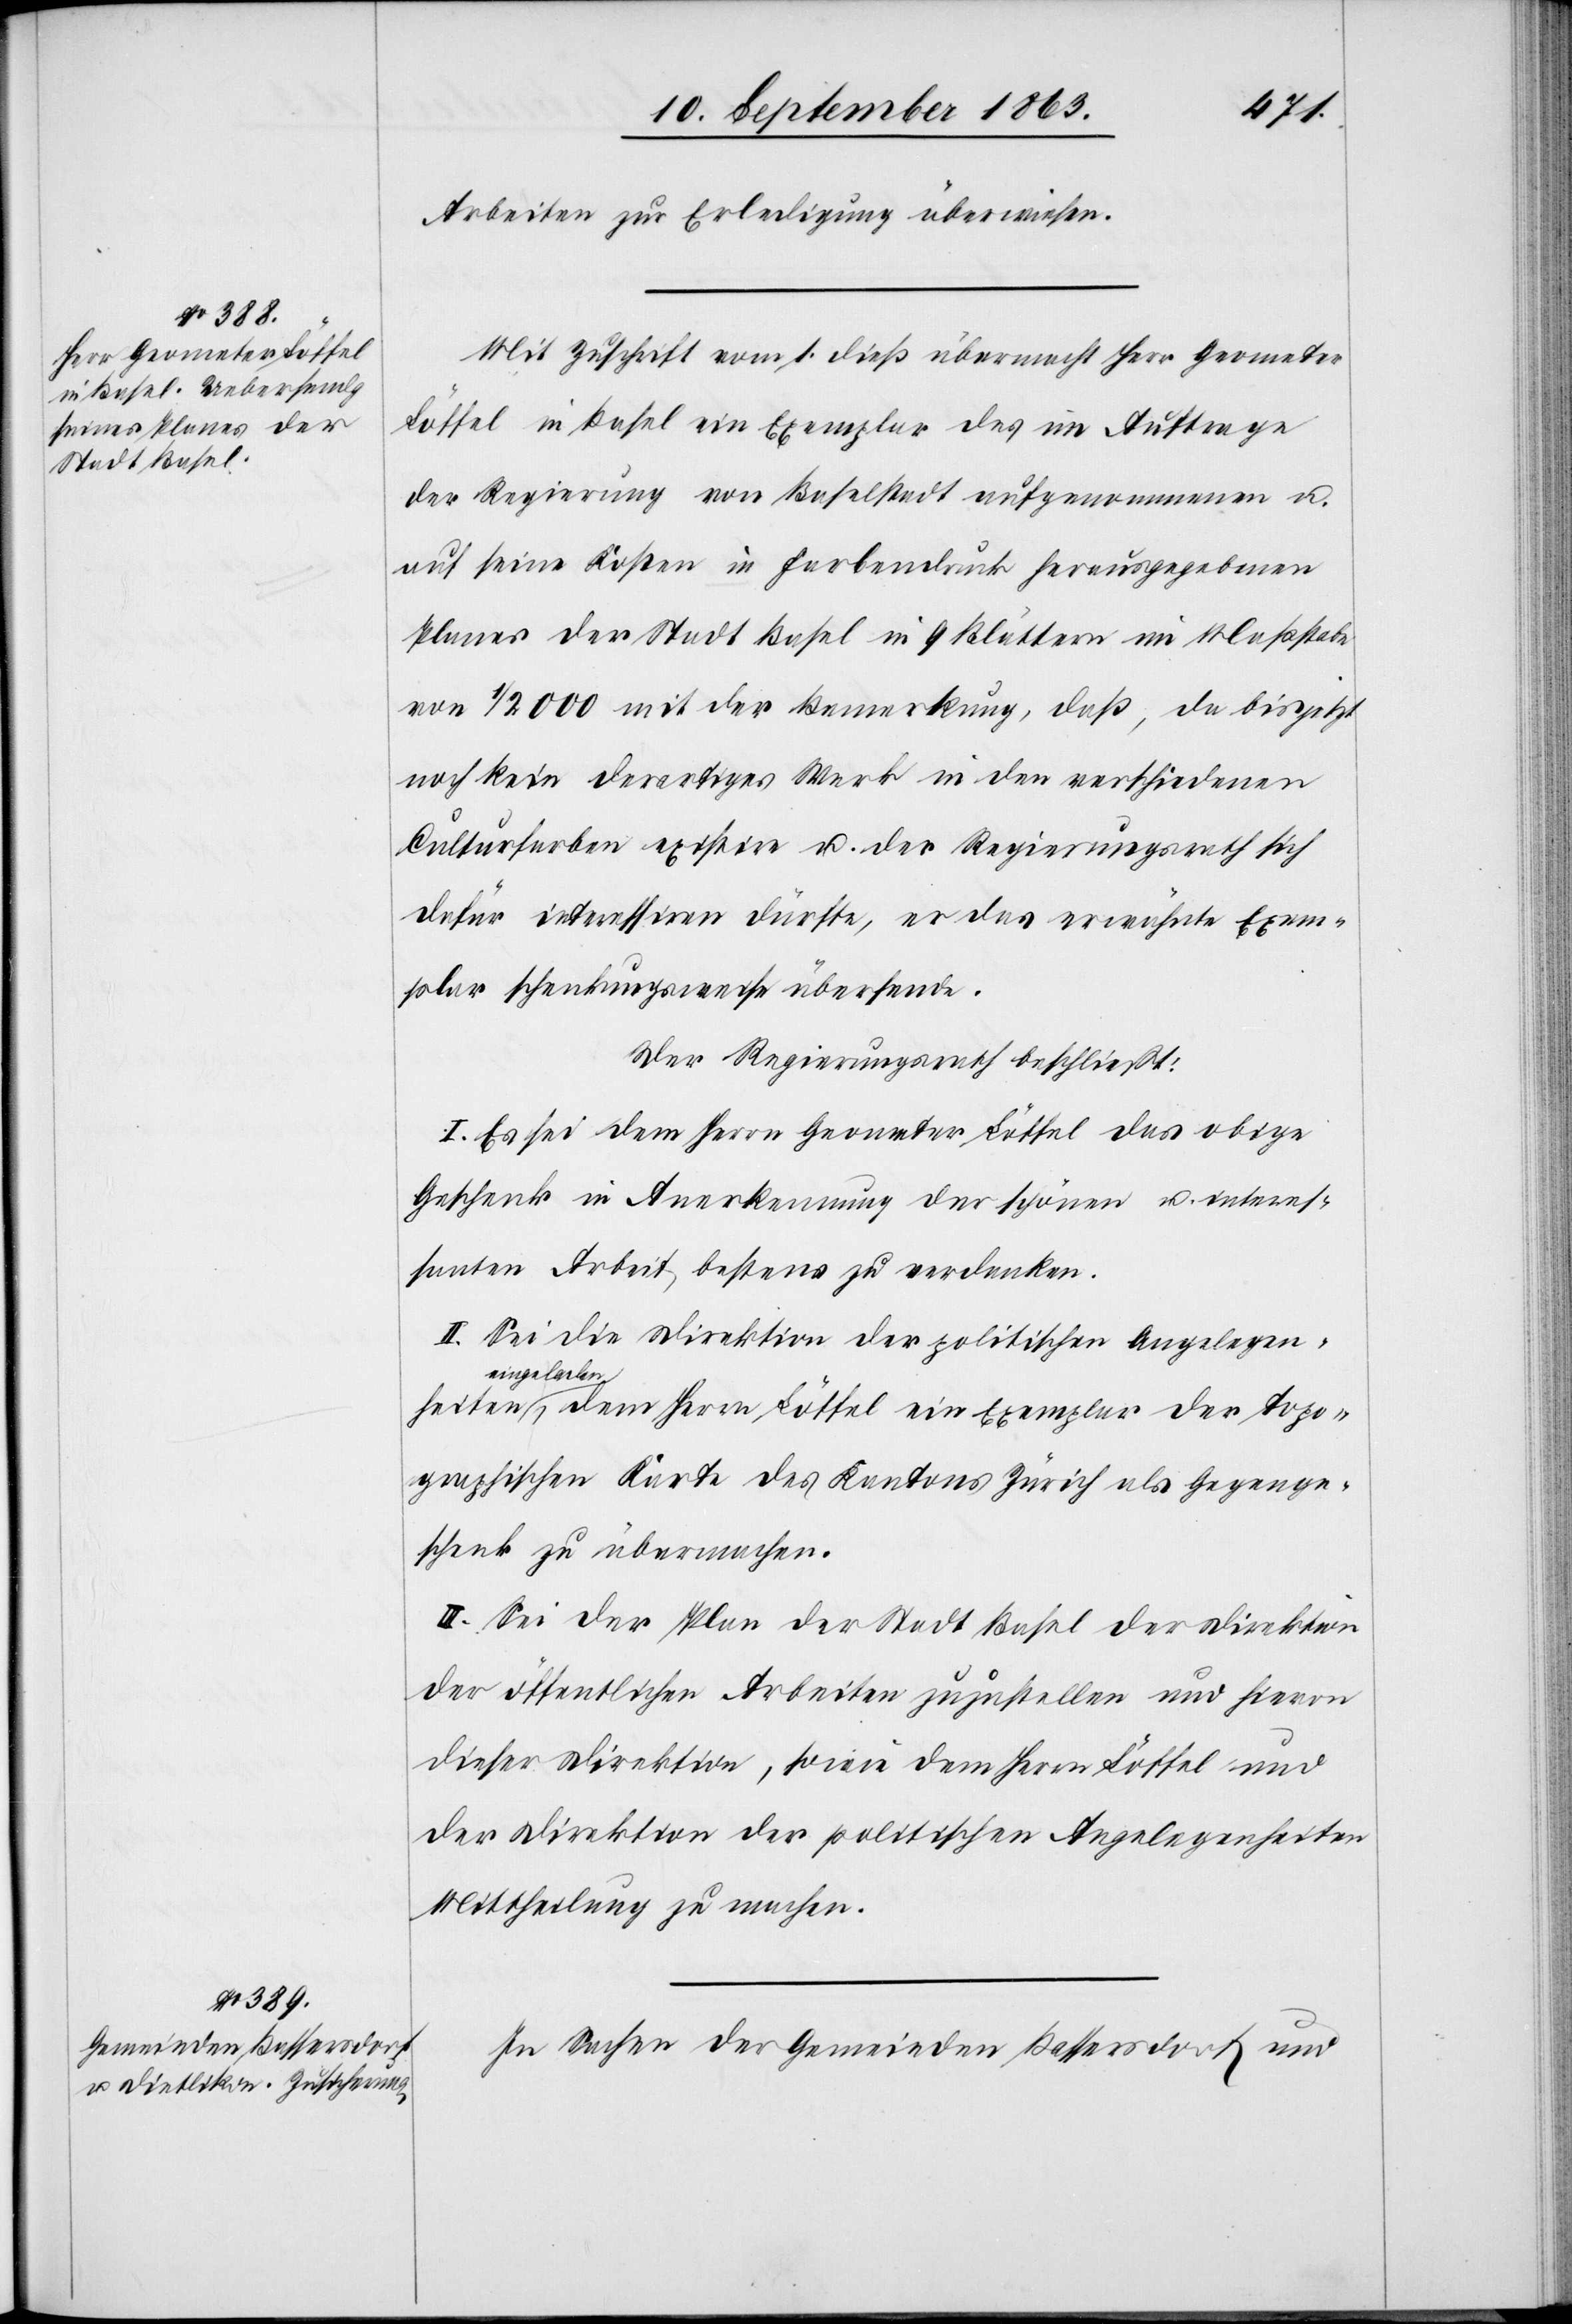
heiten
Arbeiten zur Erledigung überwiesen.
Mit Zuschrift vom 1. dieß übermacht Herr Geometer
Löffel in Basel ein Exemplar des im Auftrage
der Regierung von Baselstadt aufgenommenen u.
auf seine Kosten in Farbendruck herausgegebenen
Planes der Stadt Basel in 9 Blättern im Maßstabe
von 1/2000 mit der Bemerkung, daß, da bis jetzt
noch kein derartiges Werk in den verschiedenen
Culturfarben existire u. der Regierungsrath sich
dafür interessiren dürfte, er das erwähnte Exem¬
plar schenkungsweise übersende.
Der Regierungsrath beschließt:
I. Es sei dem Herrn Geometer Löffel das obige
Geschenk in Anerkennung der schönen u. interes¬
santen Arbeit bestens zu verdanken.
II. Sei die Direktion der politischen Angelegen¬
a-eingelad¬
en-a, dem Herrn Löffel ein Exemplar der topo¬
graphischen Karte des Kantons Zürich als Gegenge¬
schenk zu übermachen.
III. Sei der Plan der Stadt Basel der Direktion
der öffentlichen Arbeiten zuzustellen und hievon
dieser Direktion, sowie dem Herrn Löffel und
der Direktion der politischen Angelegenheiten
Mittheilung zu machen.
In Sachen der Gemeinden Bassersdorf und